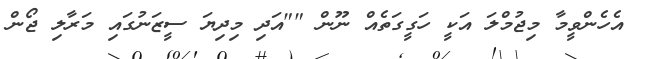
އެހެންވީމާ މިޖުމްލަ އަކީ ހަގީގަތެއް ނޫން ""އަދި މިދިޔަ ސީޒަނުގައި މަރާލި ޖޯން